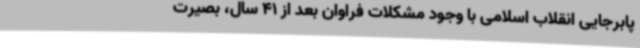
پابرجایی انقلاب اسلامی با وجود مشکلات فراوان بعد از 41 سال، بصیرت